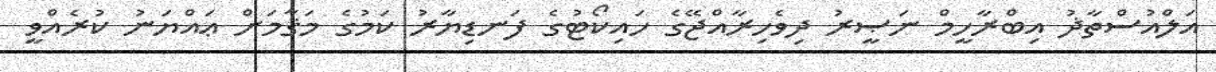
އަލްއުސްތާޛު އިބްރާހީމް ނަޞީރު ދިވެހިރާއްޖޭގެ ހައިކޯޓުގެ ފަނޑިޔާރު ކަމުގެ މަޤާމަށް ޢައްޔަނު ކުރެއްވީ